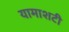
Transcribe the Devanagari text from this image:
यामाशटी